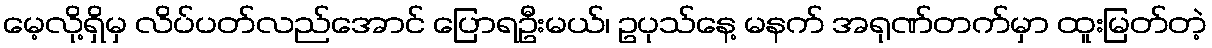
မေ့လို့ရှိမှ လိပ်ပတ်လည်အောင် ပြောရဦးမယ်၊ ဥပုသ်နေ့ မနက် အရုဏ်တက်မှာ ထူးမြတ်တဲ့